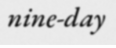
nine-day